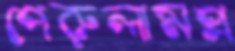
পেরুলামপ্র